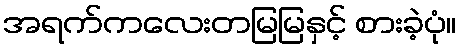
အရက်ကလေးတမြမြနှင့် စားခဲ့ပုံ။